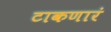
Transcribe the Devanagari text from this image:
टाकणारं